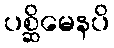
ပစ္ဆိမေနပိ